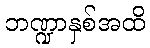
ဘဏ္ဍာနှစ်အထိ